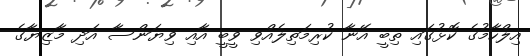
އިލްހާމުގެ ކޮޅުގައި ތިބީ އޭނާ ކުރިމަތިލެއްވި ވީބީ އާއި ވިޔަންސާ އަދި މާޒިޔާގެ